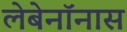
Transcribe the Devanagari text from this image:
लेबेनॉनास